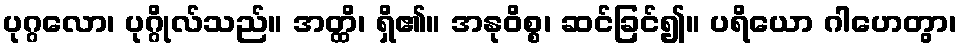
ပုဂ္ဂလော၊ ပုဂ္ဂိုလ်သည်။ အတ္ထိ၊ ရှိ၏။ အနုဝိစ္စ၊ ဆင်ခြင်၍။ ပရိယော ဂါဟေတွာ၊